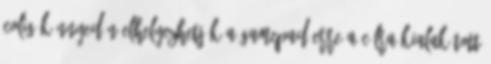
colig könnyedén elhelyezhetjük a gamepad erre a célra kialakított